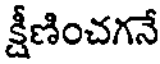
క్షీణించగనే